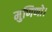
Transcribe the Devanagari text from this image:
मुणिणो।